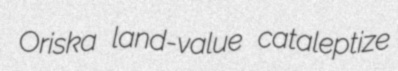
Oriska land-value cataleptize